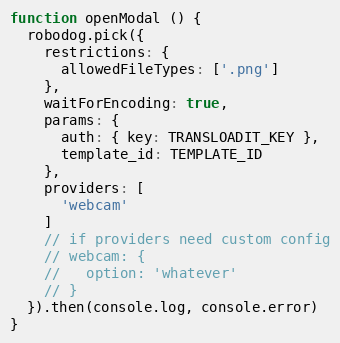
Language: JavaScript
function openModal () {
  robodog.pick({
    restrictions: {
      allowedFileTypes: ['.png']
    },
    waitForEncoding: true,
    params: {
      auth: { key: TRANSLOADIT_KEY },
      template_id: TEMPLATE_ID
    },
    providers: [
      'webcam'
    ]
    // if providers need custom config
    // webcam: {
    //   option: 'whatever'
    // }
  }).then(console.log, console.error)
}